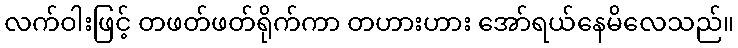
လက်ဝါးဖြင့် တဖတ်ဖတ်ရိုက်ကာ တဟားဟား အော်ရယ်နေမိလေသည်။